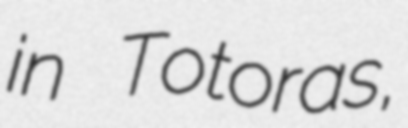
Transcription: in Totoras,